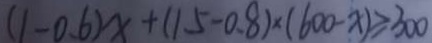
( 1 - 0 . 6 ) x + ( 1 5 - 0 . 8 ) \times ( 6 0 0 - x ) \geq 3 0 0